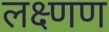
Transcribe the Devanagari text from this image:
लक्ष्णण